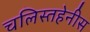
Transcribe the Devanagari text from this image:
चलिस्तहेनीस